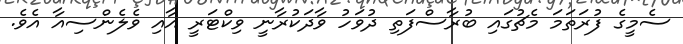
ސެމީގެ ފުރަތަމަ މެޗުގައި ބުރާސްފަތި ދުވަހު ވާދަކުރާނީ ވިކްޓަރީ އާއި ވެލެންސިއާ އެވެ.